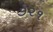
૭૨૧